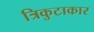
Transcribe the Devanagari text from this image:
त्रिकुटाकार